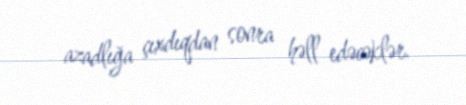
azadlığa çıxdıqdan sonra həll edəcəklər.